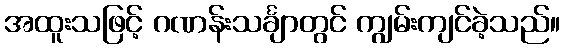
အထူးသဖြင့် ဂဏန်းသင်္ချာတွင် ကျွမ်းကျင်ခဲ့သည်။